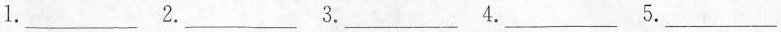
1.___2.___3.___4.___5.___